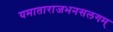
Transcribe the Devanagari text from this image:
यमाताराजभनसलगम्